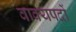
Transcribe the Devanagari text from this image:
वाक्यपदों